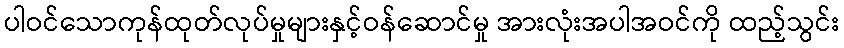
ပါဝင်သောကုန်ထုတ်လုပ်မှုများနှင့်ဝန်ဆောင်မှု အားလုံးအပါအဝင်ကို ထည့်သွင်း